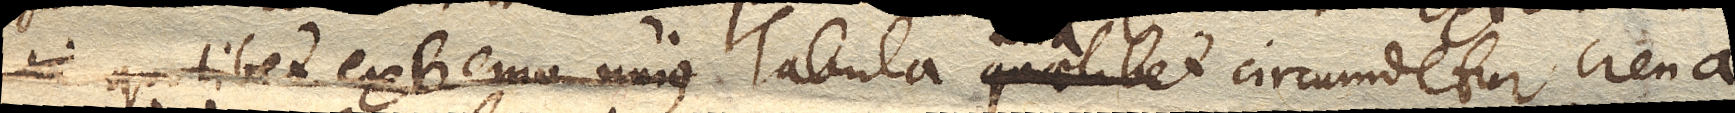
quaelibet extremo unius Tabula quaelibet una circumdetur crena